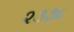
૨૩૭૮